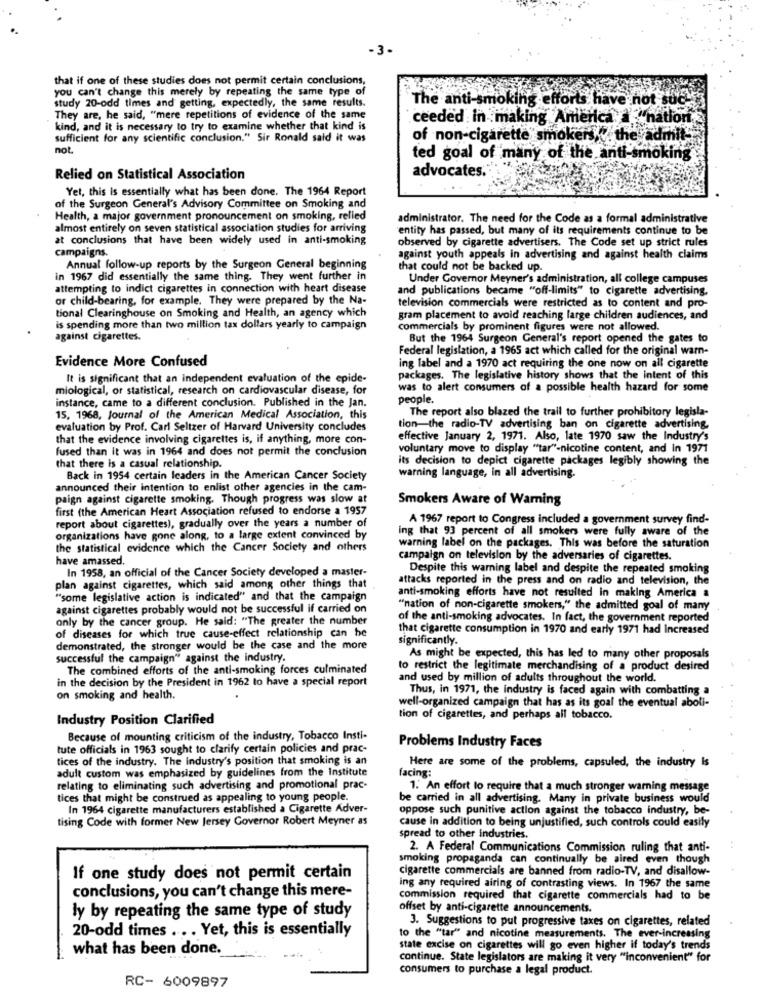
-3.
that if one of these studies does not permit certain conclusions,
you can't change this merely by repeating the same type of
study 20-odd times and getting, expectedly, the same results.
The anti-smoking efforts have not suc
They are, he said, "mere repetitions of evidence of the same
ceeded in making America a "nation
kind, and it is necessary to try to examine whether that kind is
sufficient for any scientific conclusion." Sir Ronald said it was
of non-cigarette" smokers
enshy the admits
not.
ted goal of many of the anti-smoking
advocates.
Relied on Statistical Association
Yet, this Is essentially what has been done. The 1964 Report
of the Surgeon General's Advisory Committee on Smoking and
Health, a major government pronouncement on smoking, relied
administrator. The need for the Code as a formal administrative
almost entirely on seven statistical association studies for arriving
entity has passed, but many of its requirements continue to be
at conclusions that have been widely used in anti-smoking
observed by cigarette advertisers. The Code set up strict rules
campaigns.
against youth appeals in advertising and against health claims
Annual follow-up reports by the Surgeon General beginning
that could not be backed up.
in 1967 did essentially the same thing. They went further in
Under Governor Meyner's administration, all college campuses
attempting to indict cigarettes in connection with heart disease
and publications became "off-limits" to cigarette advertising.
or child-bearing, for example. They were prepared by the Na-
television commercials were restricted as to content and pro-
tional Clearinghouse on Smoking and Health, an agency which
gram placement to avoid reaching large children audiences, and
is spending more than two million tax dollars yearly to campaign
commercials by prominent figures were not allowed.
against cigarettes.
But the 1964 Surgeon General's report opened the gates to
Federal legislation, a 1965 act which called for the original warn-
Evidence More Confused
ing label and a 1970 act requiring the one now on all cigarette
It is significant that an independent evaluation of the epide-
packages. The legislative history shows that the intent of this
miological, or statistical, research on cardiovascular disease, for
was to alert consumers of a possible health hazard for some
instance, came to a different conclusion. Published in the Jan.
people.
The report also blazed the trail to further prohibitory legisla-
15, 1968, Journal of the American Medical Association, this
evaluation by Prof. Carl Seltzer of Harvard University concludes
tion-the radio-TV advertising ban on cigarette advertising
that the evidence involving cigarettes is, if anything, more con-
effective January 2, 1971. Also, late 1970 saw the Industry's
fused than it was in 1964 and does not permit the conclusion
voluntary move to display "tar"-nicotine content, and In 1971
its decision to depict cigarette packages legibly showing the
that there is a casual relationship.
Back in 1954 certain leaders in the American Cancer Society
warning language, in all advertising.
announced their intention to enlist other agencies in the cam-
paign against cigarette smoking. Though progress was slow at
Smokers Aware of Warning
first (the American Heart Association refused to endorse a 1957
A 1967 report to Congress included a government survey find-
report about cigarettes), gradually over the years a number of
ing that 93 percent of all smokers were fully aware of the
organizations have gone along, to a large extent convinced by
the statistical evidence which the Cancer Society and others
warning label on the packages. This was before the saturation
have amassed.
campaign on television by the adversaries of cigarettes.
In 1958, an official of the Cancer Society developed a master-
Despite this warning label and despite the repeated smoking
attacks reported in the press and on radio and television, the
plan against cigarettes, which said among other things that
"some legislative action is indicated" and that the campaign
anti-smoking efforts have not resulted in making America a
against cigarettes probably would not be successful if carried on
"nation of non-cigarette smokers," the admitted goal of many
only by the cancer group. He said: "The greater the number
of the anti-smoking advocates. In fact, the government reported
of diseases for which true cause-effect relationship can be
that cigarette consumption in 1970 and early 1971 had Increased
significantly.
demonstrated, the stronger would be the case and the more
successful the campaign" against the industry.
As might be expected, this has led to many other proposals
The combined efforts of the anti-smoking forces culminated
to restrict the legitimate merchandising of a product desired
in the decision by the President in 1962 to have a special report
and used by million of adults throughout the world.
Thus, in 1971, the industry is faced again with combatting a
on smoking and health.
well-organized campaign that has as its goal the eventual aboli-
Industry Position Clarified
tion of cigarettes, and perhaps all tobacco.
Because of mounting criticism of the industry, Tobacco Insti-
tute officials in 1963 sought to clarify certain policies and prac-
Problems Industry Faces
tices of the industry. The Industry's position that smoking is an
adult custom was emphasized by guidelines from the Institute
facing:
Here are some of the problems, capsuled, the industry Is
relating to eliminating such advertising and promotional prac-
1. An effort to require that a much stronger warning message
tices that might be construed as appealing to young people.
be carried in all advertising. Many in private business would
In 1964 cigarette manufacturers established a Cigarette Adver-
oppose such punitive action against the tobacco industry, be-
tising Code with former New Jersey Governor Robert Meyner as
cause in addition to being unjustified, such controls could easily
spread to other industries.
2. A Federal Communications Commission ruling that anti-
44
smoking propaganda can continually be aired even though
cigarette commercials are banned from radio-TV, and disallow-
If one study does not permit certain
conclusions, you can't change this mere-
ing any required airing of contrasting views. In 1967 the same
commission required that cigarette commercials had to be
offset by anti-cigarette announcements.
ly by repeating the same type of study
3. Suggestions to put progressive taxes on cigarettes, related
20-odd times ... Yet, this is essentially
to the "tar" and nicotine measurements. The ever-increasing
what has been done.
state excise on cigarettes will go even higher if today's trends
continue. State legislators are making it very "inconvenient" for
consumers to purchase a legal product.
RC- 6009897